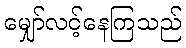
မျှော်လင့်နေကြသည်